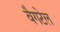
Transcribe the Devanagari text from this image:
वैगटेल